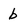
Character: b